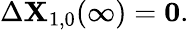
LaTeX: \begin{array}{r}{\Delta\mathbf{X}_{1,0}(\infty)=\mathbf{0}.}\end{array}